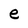
Character: e